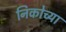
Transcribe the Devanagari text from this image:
निकोच्या